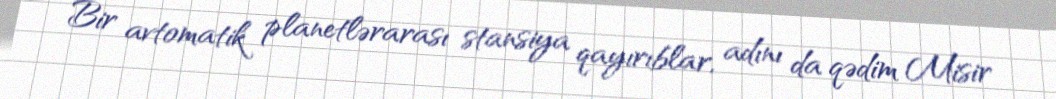
Bir avtomatik planetlərarası stansiya qayırıblar, adını da qədim Misir